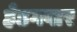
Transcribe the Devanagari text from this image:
हेडगवार